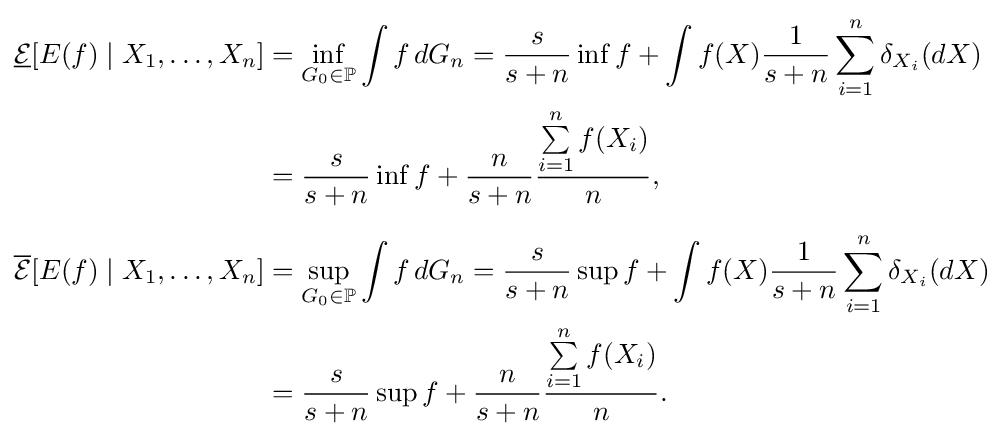
{\begin{aligned}{\underline {\mathcal {E}}}[E(f)\mid X_{1},\dots ,X_{n}]&=\inf \limits _{G_{0}\in \mathbb {P} }\int f\,dG_{n}={\frac {s}{s+n}}\inf f+\int f(X){\frac {1}{s+n}}\sum \limits _{i=1}^{n}\delta _{X_{i}}(dX)\\&={\frac {s}{s+n}}\inf f+{\frac {n}{s+n}}{\frac {\sum \limits _{i=1}^{n}f(X_{i})}{n}},\\[6pt]{\overline {\mathcal {E}}}[E(f)\mid X_{1},\dots ,X_{n}]&=\sup \limits _{G_{0}\in \mathbb {P} }\int f\,dG_{n}={\frac {s}{s+n}}\sup f+\int f(X){\frac {1}{s+n}}\sum \limits _{i=1}^{n}\delta _{X_{i}}(dX)\\&={\frac {s}{s+n}}\sup f+{\frac {n}{s+n}}{\frac {\sum \limits _{i=1}^{n}f(X_{i})}{n}}.\end{aligned}}